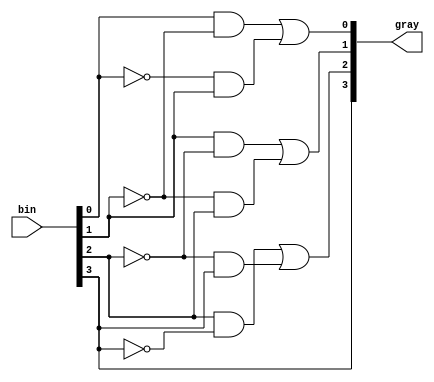
// John Hubbard, 24 Oct 2014
// hw5 assignment for Verilog 0764 class: Problem 4.4.5: Binary to Gray code
// converter.
//

// Structural Verilog version, as required by the problem statement:

module bin2gray(bin, gray);
    input [3:0]bin;
    output [3:0]gray;

    wire x0, x1, x2, x3, x4, x5;
    wire [3:0]not_bin;

    not i0(not_bin[0], bin[0]);
    not i1(not_bin[1], bin[1]);
    not i2(not_bin[2], bin[2]);
    not i3(not_bin[3], bin[3]);

    // bit 0:
    and a0(x0,   bin[0], not_bin[1]);
    and a1(x1,   not_bin[0], bin[1]);
    or g0(gray[0], x0, x1);

    // bit 1:
    and a2(x2,   bin[1], not_bin[2]);
    and a3(x3,   not_bin[1], bin[2]);
    or g1(gray[1], x2, x3);

    // bit 2:
    and a4(x4,   bin[2], not_bin[3]);
    and a5(x5,   not_bin[2], bin[3]);
    or g2(gray[2], x4, x5);

    // bit 3:
    buf g3(gray[3], bin[3]);
endmodule